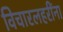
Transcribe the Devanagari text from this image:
विचारलहरींना